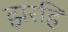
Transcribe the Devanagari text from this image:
झरहि